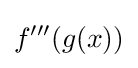
f'''(g(x))